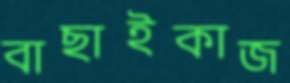
বাছাইকাজ